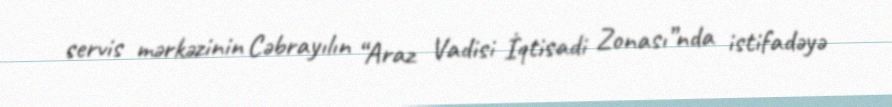
servis mərkəzinin Cəbrayılın “Araz Vadisi İqtisadi Zonası”nda istifadəyə